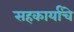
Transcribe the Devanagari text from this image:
सहकार्यांचे